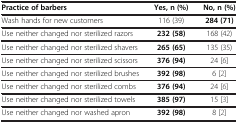
<table><thead><tr><td><b>Practice of barbers</b></td><td><b>Yes, n (%)</b></td><td><b>No, n (%)</b></td></tr></thead><tbody><tr><td>Wash hands for new customers</td><td>116 (39)</td><td><b>284 (71)</b></td></tr><tr><td>Use neither changed nor sterilized razors</td><td><b>232 (58)</b></td><td>168 (42)</td></tr><tr><td>Use neither changed nor sterilized shavers</td><td><b>265 (65)</b></td><td>135 (35)</td></tr><tr><td>Use neither changed nor sterilized scissors</td><td><b>376 (94)</b></td><td>24 [6]</td></tr><tr><td>Use neither changed nor sterilized brushes</td><td><b>392 (98)</b></td><td>6 [2]</td></tr><tr><td>Use neither changed nor sterilized combs</td><td><b>376 (94)</b></td><td>24 [6]</td></tr><tr><td>Use neither changed nor sterilized towels</td><td><b>385 (97)</b></td><td>15 [3]</td></tr><tr><td>Use neither changed nor washed apron</td><td><b>392 (98)</b></td><td>8 [2]</td></tr></tbody></table>